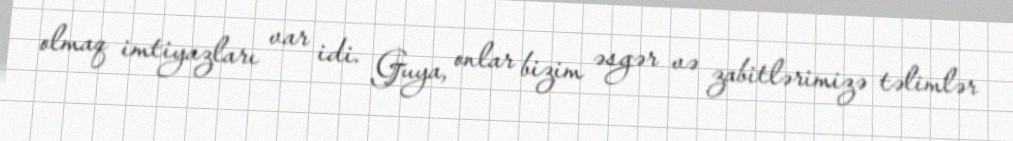
olmaq imtiyazları var idi. Guya, onlar bizim əsgər və zabitlərimizə təlimlər